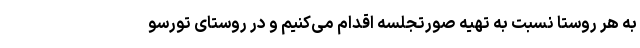
به هر روستا نسبت به تهیه صورتجلسه اقدام می‌کنیم و در روستای تورسو